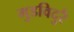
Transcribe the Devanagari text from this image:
मुडविदुरै